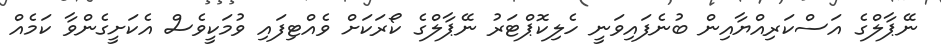
ނޭޕާލްގެ އަސްކަރިއްޔާއިން ބުނެފައިވަނީ ހެލިކޮޕްޓަރު ނޭޕާލްގެ ކޯރަކަށް ވެއްޓިފައި ވުމަކީވެސް އެކަށީގެންވާ ކަމެއް